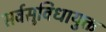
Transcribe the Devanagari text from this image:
सर्वसुविधायुक्त